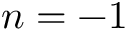
n = - 1